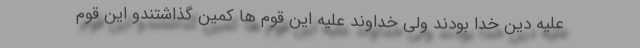
علیه دین خدا بودند ولی خداوند علیه این قوم ها کمین گذاشتندو این قوم